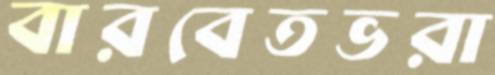
বারবেতভরা